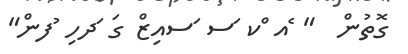
ގޮތުން  " ެއ ްކ ަސ ަސއިޒް ގަ ަދހި ުފން"